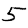
Digit: 5